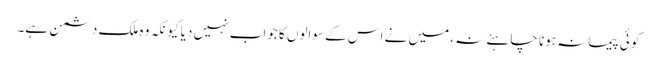
کوئی پیمانہ ہونا چاہئے نہ، میں نے اس کے سوالوں کا جواب نہیں دیا کیونکہ وہ ملک دشمن ہے۔